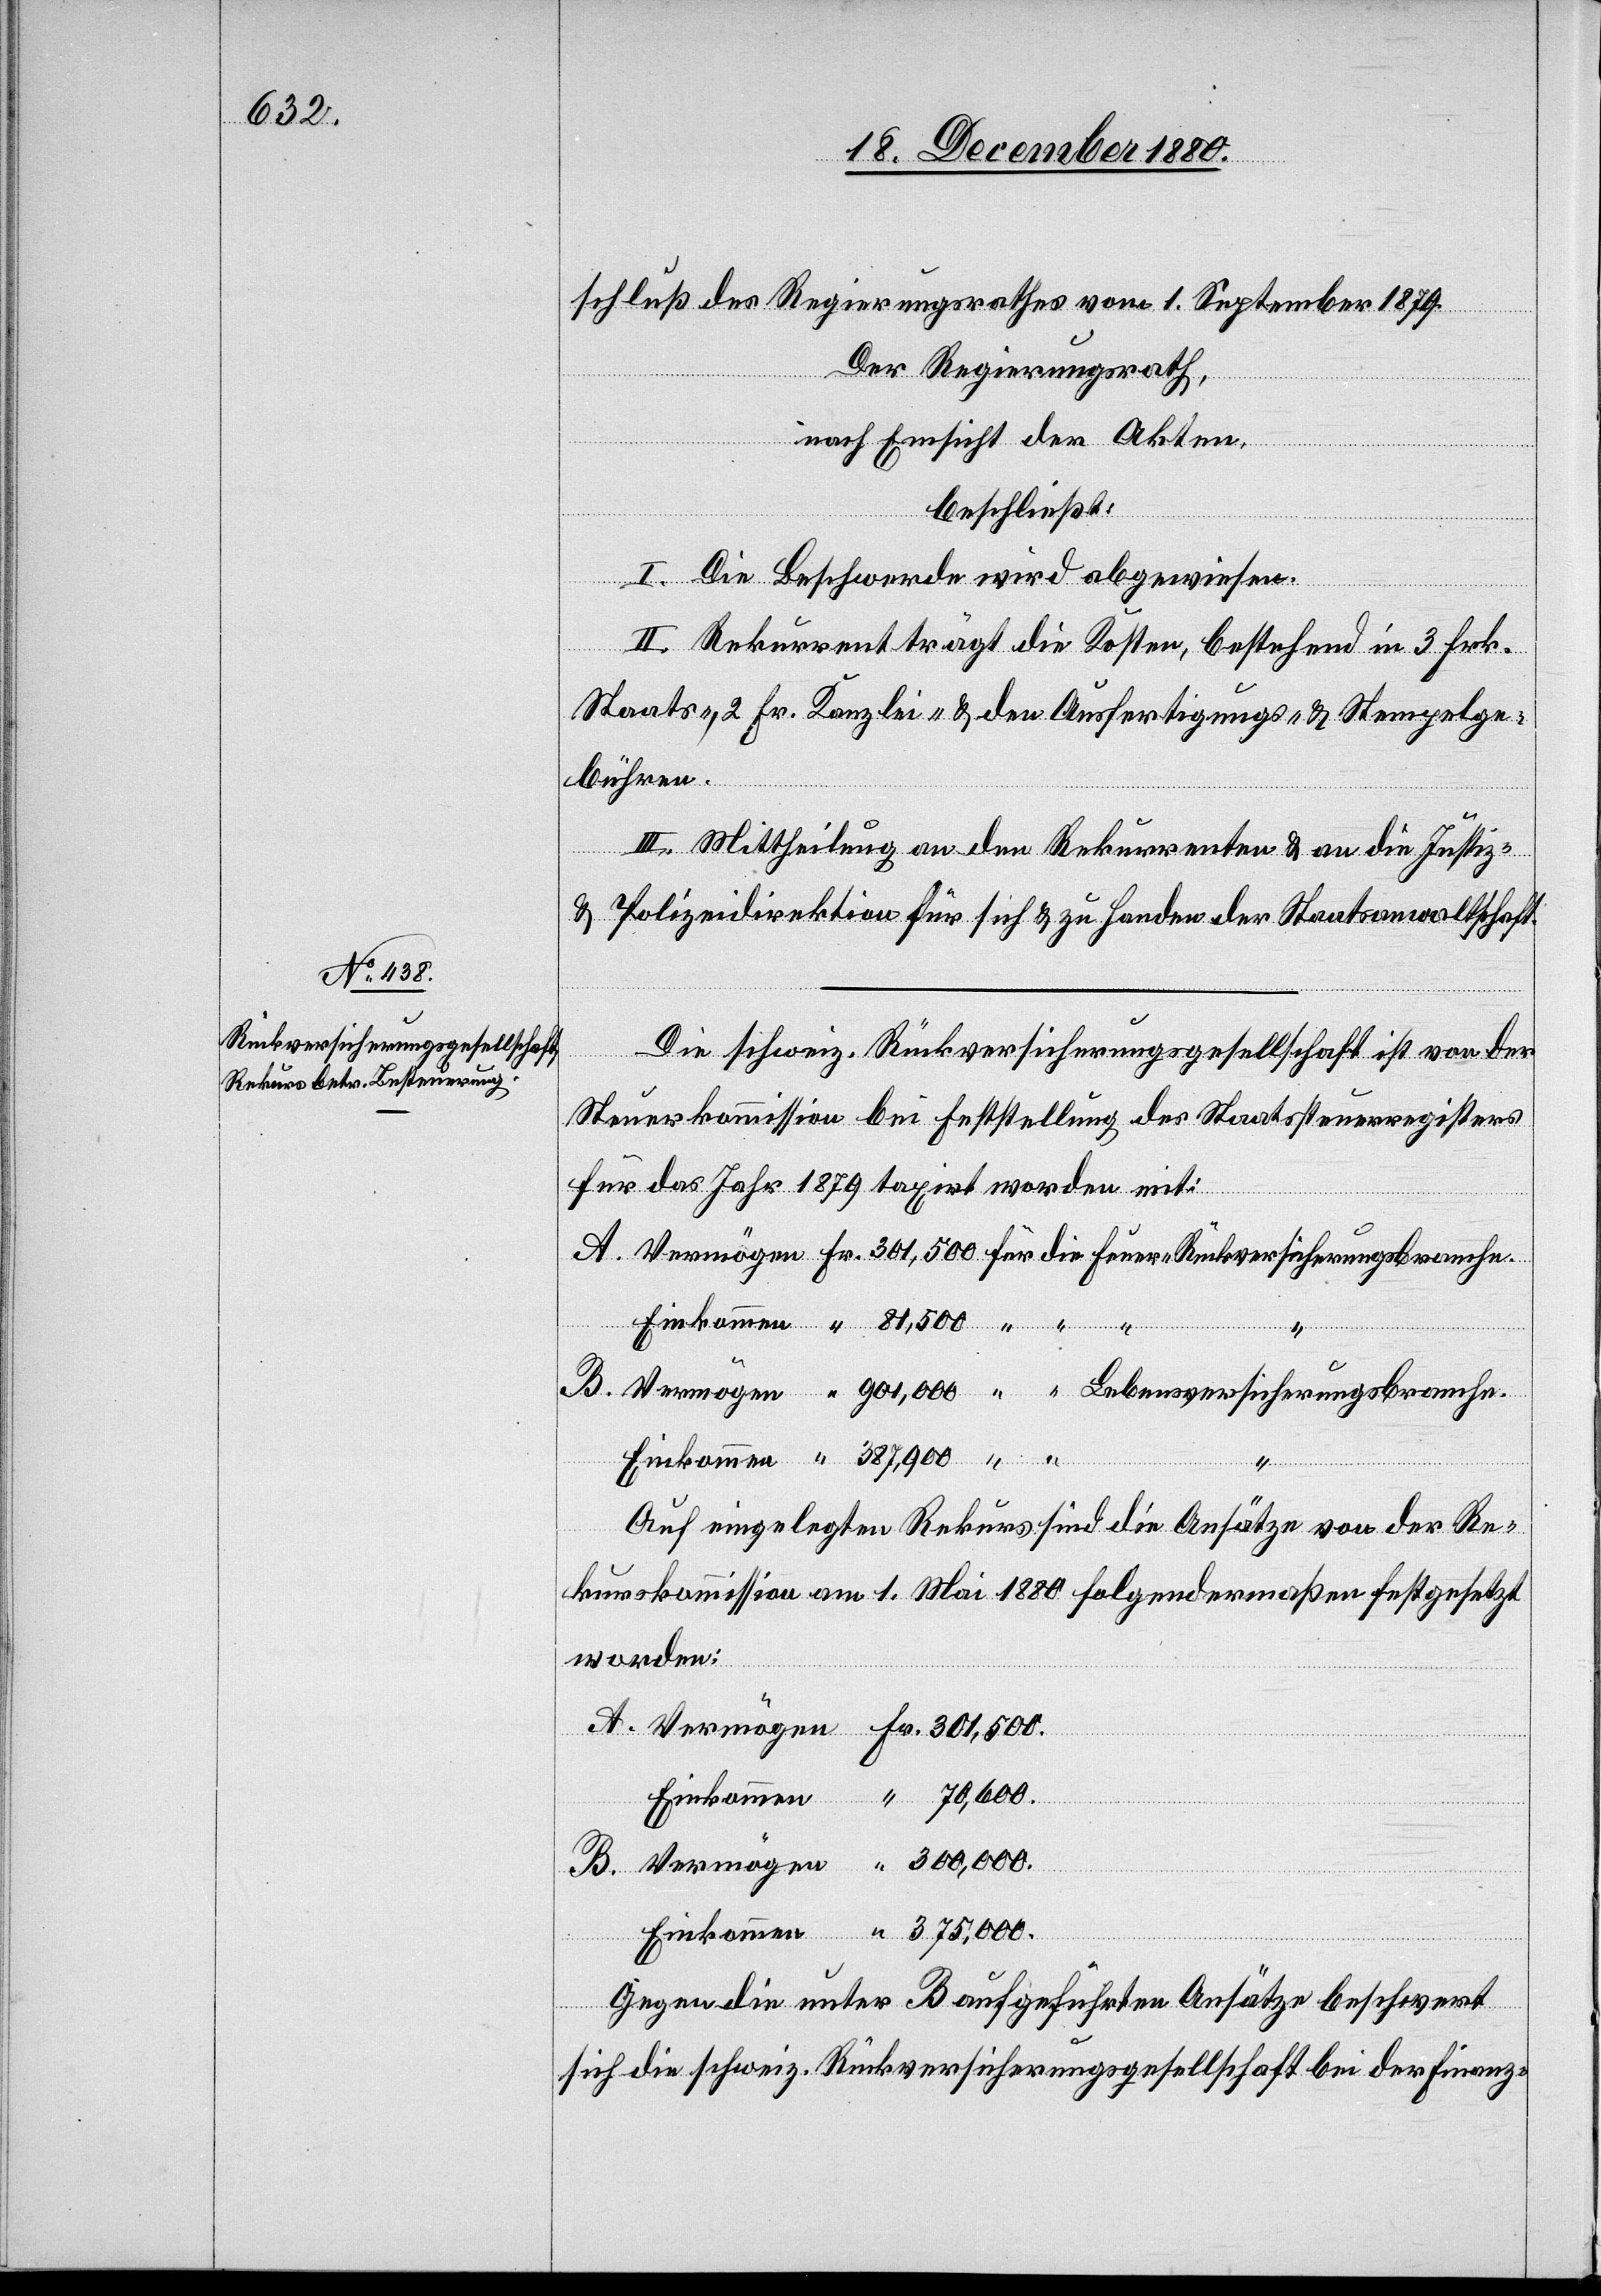
schluß des Regierungsrathes vom 1. September 1879.
Der Regierungsrath,
nach Einsicht der Akten,
beschließt:
I. Die Beschwerde wird abgewiesen.
II. Rekurrent trägt die Kosten, bestehend in 3 Frk.
Staats-, 2 Fr. Kanzlei- & den Ausfertigungs- & Stempelge¬
bühren.
B.
III. Mittheilung an den Rekurrenten & an die Justiz-
& Polizeidirektion für sich & zu Handen der Staatsanwaltschaft.
Die schweiz. Rückversicherungsgesellschaft ist von der
Steuerkommission bei Feststellung des Staatsteuerregisters
für das Jahr 1879 taxirt worden mit:
Fr.
Auf eingelegten Rekurs sind die Ansätze von der Re¬
kurskommission am 1. Mai 1880 folgendermaßen festgesetzt
worden:
Gegen die unter B aufgeführten Ansätze beschwert
sich die schweiz. Rückversicherungsgesellschaft bei der Finanz-